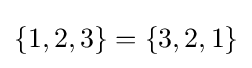
\{1,2,3\}=\{3,2,1\}